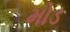
મોડ